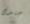
جندى